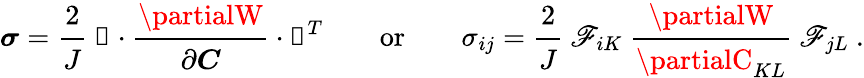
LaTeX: {\boldsymbol{\sigma}}={\cfrac{2}{J}}~{\boldsymbol{\mathscr{F}}}\cdot{\cfrac{\partialW}{\partial{\boldsymbol{C}}}}\cdot{\boldsymbol{\mathscr{F}}}^{T}\qquad{\mathrm{{or}}}\qquad\sigma_{ij}={\cfrac{2}{J}}~\mathscr{F}_{iK}~{\cfrac{\partialW}{\partialC_{KL}}}~\mathscr{F}_{jL}~.